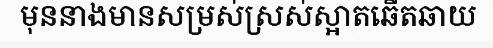
មុននាងមានសម្រស់ស្រស់ស្អាតឆើតឆាយ